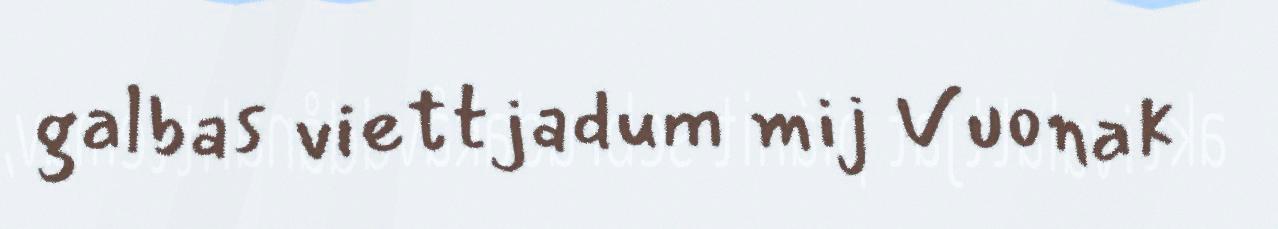
galbas viettjadum mij Vuonak